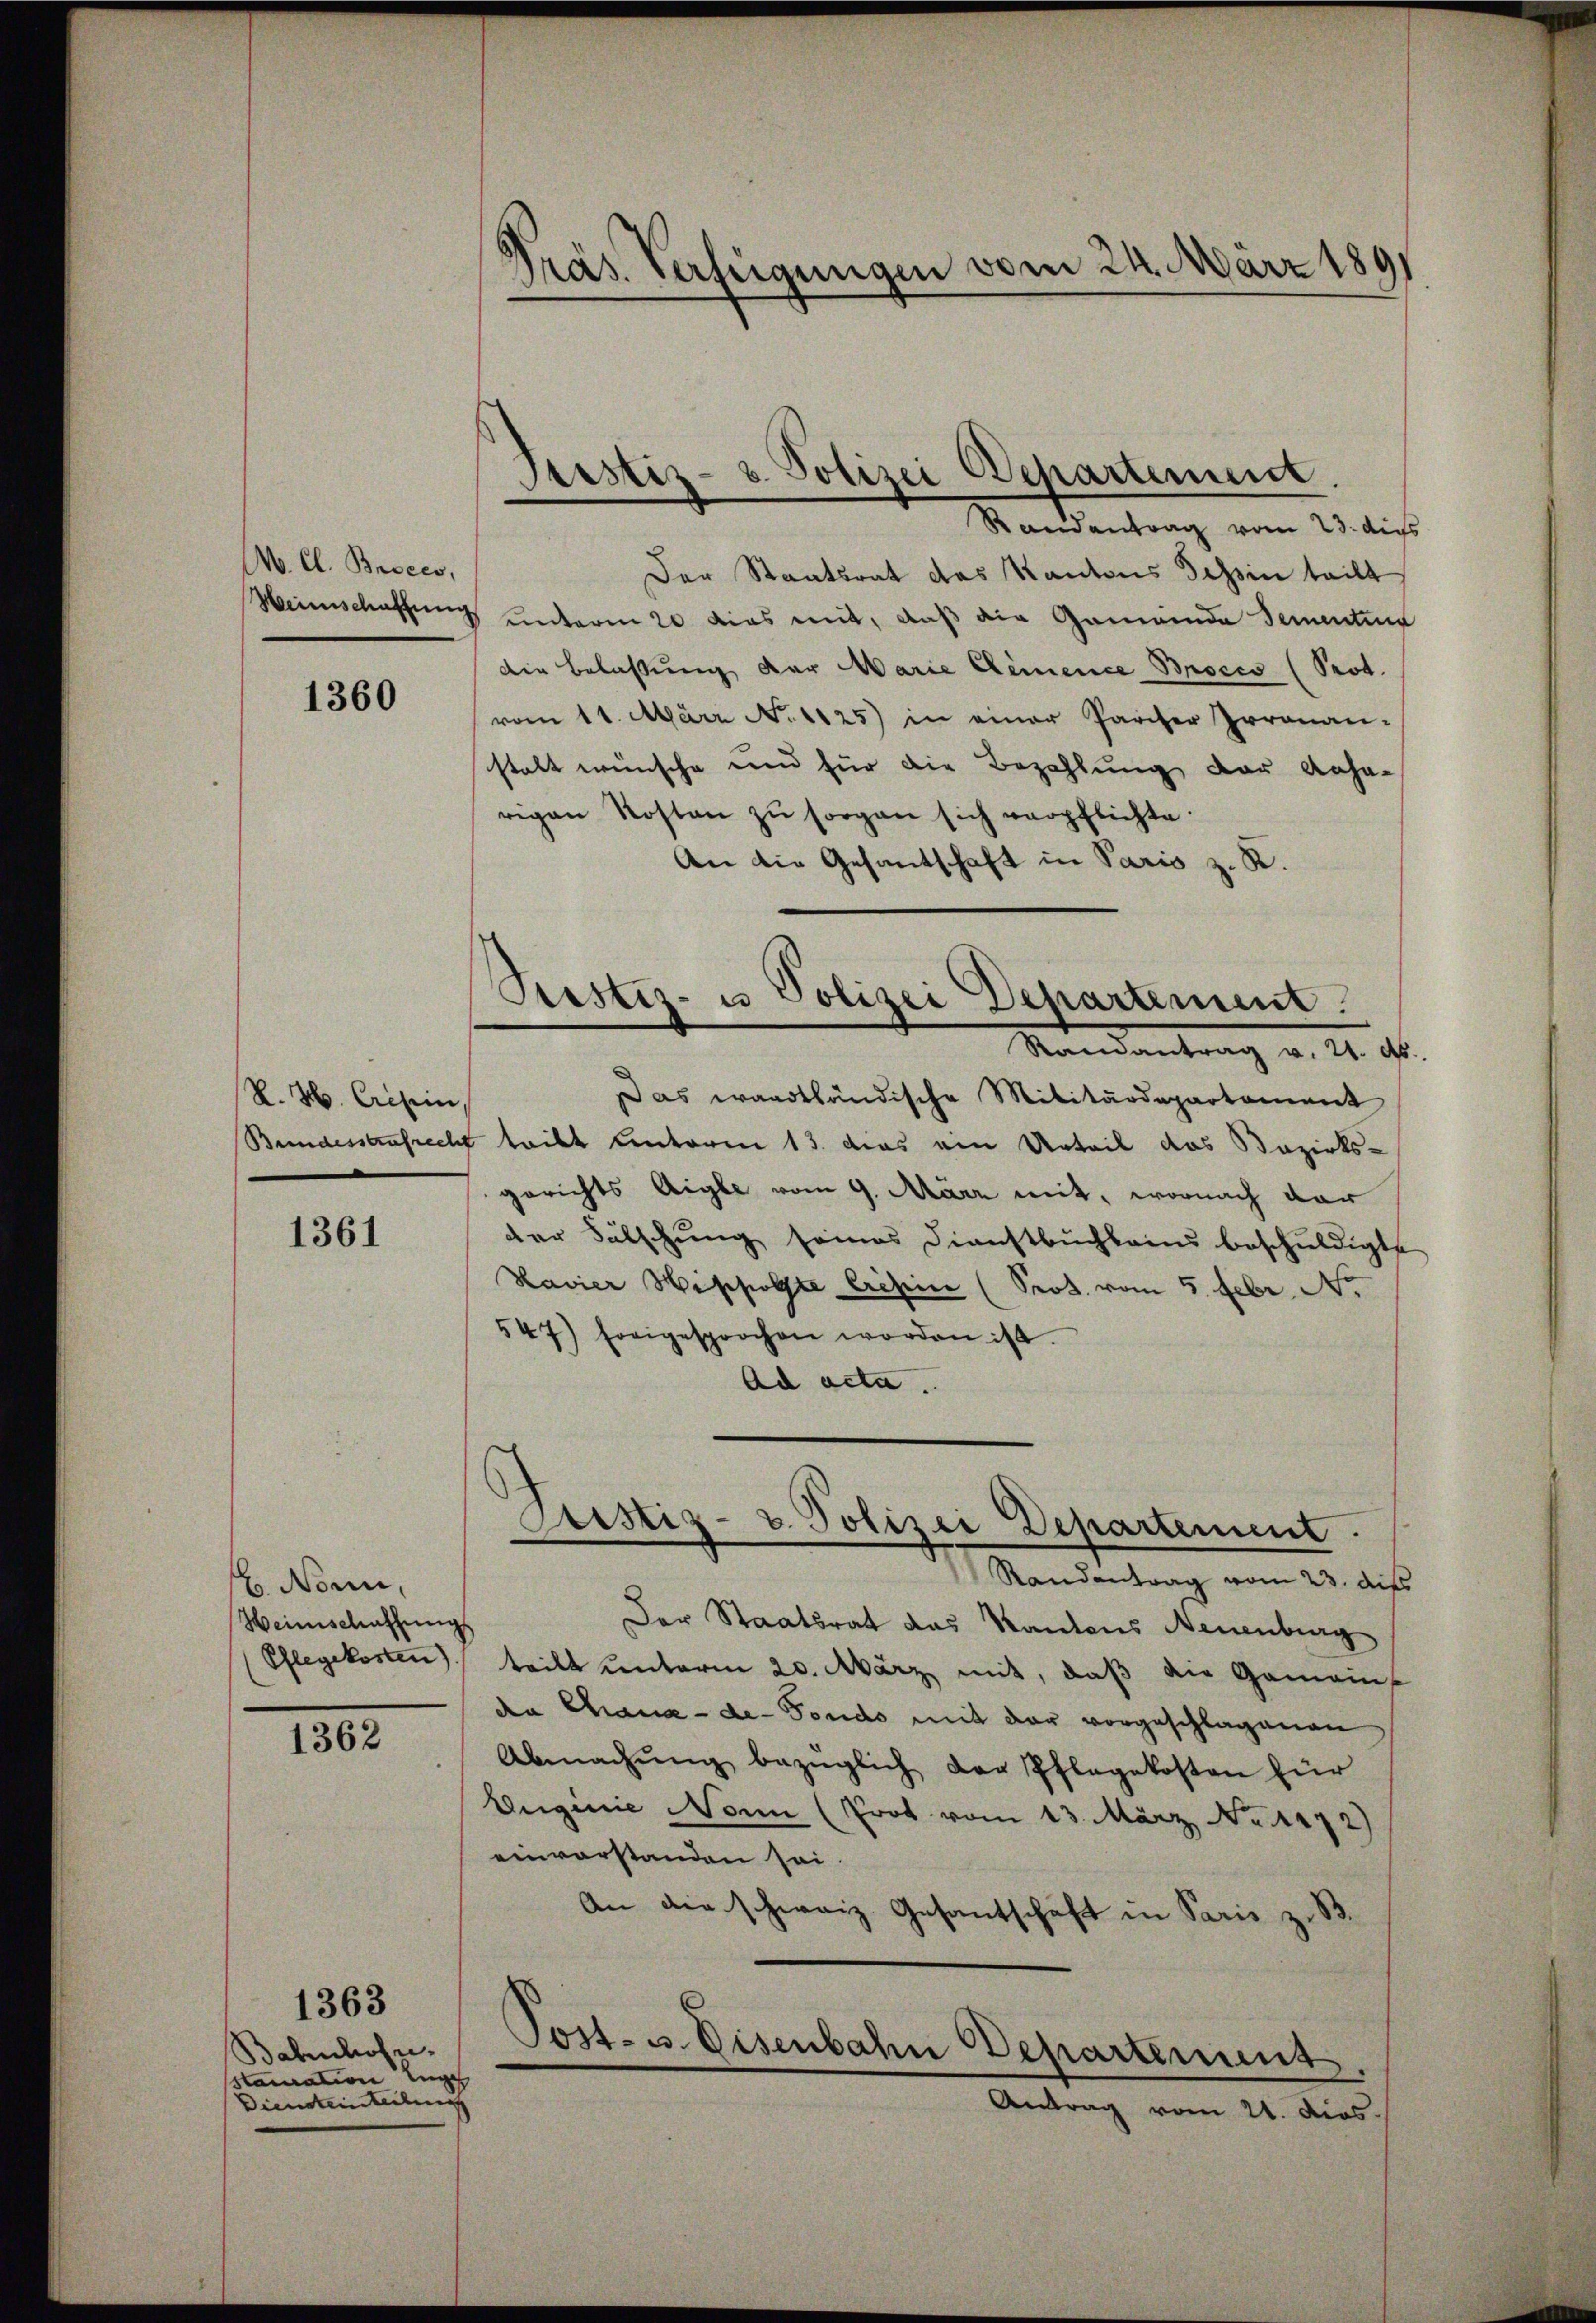
W. Cl. Broces,

1360

K. H. Cretin

1361

Nonn,
Weinschaffungs
Pflegekosten)

1362

Bahnhofe
stauration un
Diensteinteilung

1363

Präs. Verfügungen vom 24. März 1891

Der Staatsrat das Kantons Tessin teilt
Heimschaffung unterm 20 dies mit, daß die Gemeinde Sementer
die Belassung der Marie Dimence Broces (Prot.
vom 11. März No. 1125) in einer Pariser Irrenan-
stalt wünsche und für die Bezahlung der Anha-
rigen Kosten zŭ sorgen sich verpflichte.
An die Gesantschaft in Paris z. R.
Das waadtländische Militärdepartament
Bundesstrafrecht tritt unterm 13. das ein Urteil das Bezirks-
gerichts Aigle vom 9. März mit, wornach dar
der Fälschung seines Dienstbuchbarn beschuldigte
Havier Westpolste Crisein (Prod. vom 5. Febr. No
547) freigesprochen worden ist.
Ad acta.
Justiz- & Polizei Departement
Randantrag vom 23. Aufs
Der Staatsrat das Kantons Neuenburg
teilt unterm 20. März mit, daß die Gemein
de Chaux-de-Fondo mit der vorgeschlagenen
Abmachŭng bezüglich der Pflegekosten für
Euginie Nonn (Prot vom 13. März No. 1172)
einverstanden sei.
An die schweiz. Gesantschaft in Paris z. B.
Post- u. Disenbahn Departement
Antrag vom 21. dies

Justiz- & Polizei Departement.
Randantrag vom 23. die

Pestiz- u Polizei Departement.
Mandantrag v. 24. d.